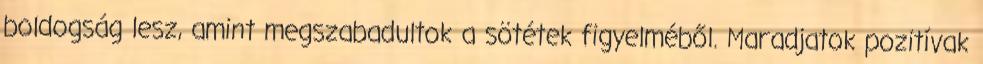
boldogság lesz, amint megszabadultok a sötétek figyelméből. Maradjatok pozitívak